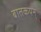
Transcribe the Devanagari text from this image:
बातकयन्